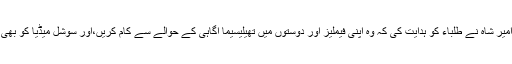
اس موقع پر جی سی یو وائس چانسلر پروفیسر ڈاکٹر حسن امیر شاہ نے طلباء کو ہدایت کی کہ وہ اپنی فیملیز اور دوستوں میں تھیلیسیما آگاہی کے حوالے سے کام کریں،اور سوشل میڈیا کو بھی ایسے مثبت پیغامات کے فروغ کے لیئے استعما ل کریں۔